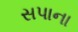
સપાના